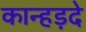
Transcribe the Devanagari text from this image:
कान्हड़दे